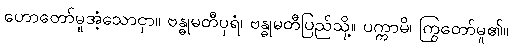
ဟောတော်မူအံ့သောငှာ။ ဗန္ဓုမတီပုရံ၊ ဗန္ဓုမတီပြည်သို့။ ပက္ကာမိ၊ ကြွတော်မူ၏။